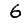
Digit: 6